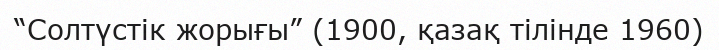
“Солтүстік жорығы” (1900, қазақ тілінде 1960)